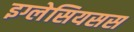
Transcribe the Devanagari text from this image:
इग्लेसियसस